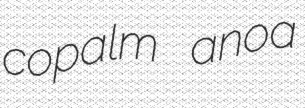
copalm anoa